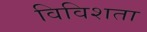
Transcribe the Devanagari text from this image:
विविशता